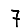
Digit: 7